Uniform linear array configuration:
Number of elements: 24
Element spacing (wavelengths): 0.25
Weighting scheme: uniform
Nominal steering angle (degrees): -30
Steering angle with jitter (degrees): -30.67
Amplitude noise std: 0.05
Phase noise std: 0.05

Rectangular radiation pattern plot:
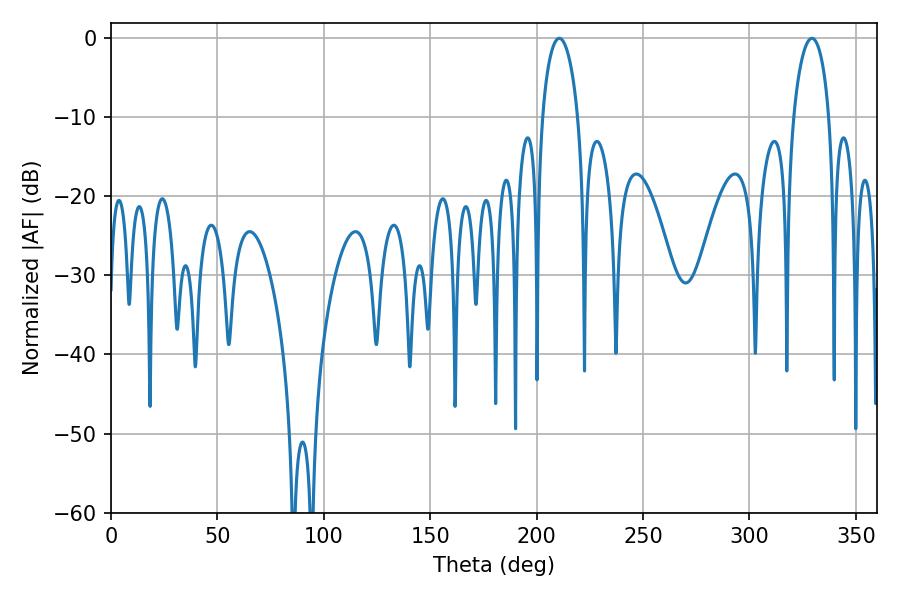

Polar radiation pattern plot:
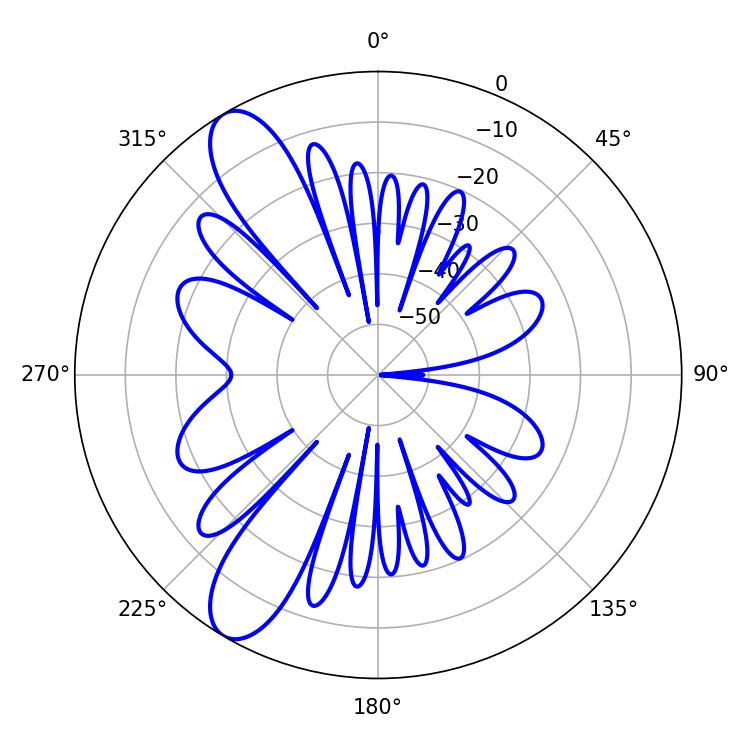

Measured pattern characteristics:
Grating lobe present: FALSE
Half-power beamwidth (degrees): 9.72
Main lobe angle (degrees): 210.6